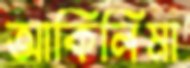
আকিলিমা